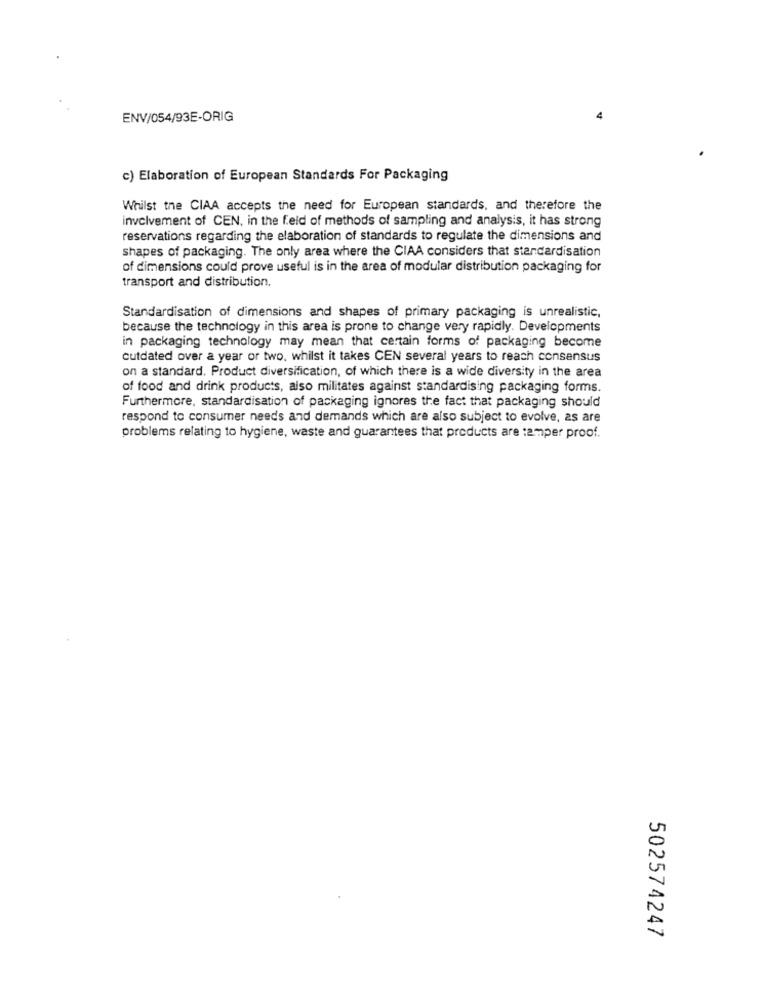
ENV/054/93E-ORIG
c) Elaboration of European Standards For Packaging
Whilst the CIAA accepts the need for European standards, and therefore the
involvement of CEN, in the feld of methods of sampling and analysis, it has strong
reservations regarding the elaboration of standards to regulate the dimensions and
shapes of packaging. The only area where the CIAA considers that standardisation
of dimensions could prove useful is in the area of modular distribution packaging for
transport and distribution.
Standardisation of dimensions and shapes of primary packaging is unrealistic,
because the technology in this area is prone to change very rapidly. Developments
in packaging technology may mean that certain forms of packaging become
cutdated over a year or two, whilst it takes CEN several years to reach consensus
on a standard. Product diversification, of which there is a wide diversity in the area
of food and drink products, also militates against standardising packaging forms.
Furthermore, standardisation of packaging ignores the fact that packaging should
respond to consumer needs and demands which are also subject to evolve, as are
problems relating to hygiene, waste and guarantees that products are tamper proof.
502574247